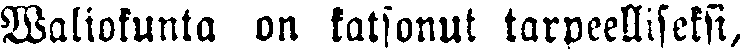
Waliokunta on katsonut tarpeelliseksi,